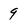
Character: 9